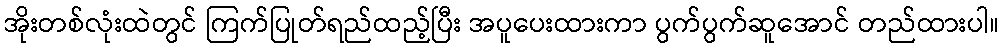
အိုးတစ်လုံးထဲတွင် ကြက်ပြုတ်ရည်ထည့်ပြီး အပူပေးထားကာ ပွက်ပွက်ဆူအောင် တည်ထားပါ။